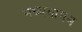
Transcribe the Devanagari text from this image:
मध्यमागम